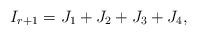
LaTeX: \begin{align*}I_{r+1}=J_1+J_2+J_3+J_4,\end{align*}